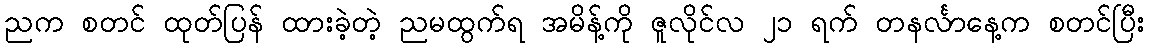
ညက စတင် ထုတ်ပြန် ထားခဲ့တဲ့ ညမထွက်ရ အမိန့်ကို ဇူလိုင်လ ၂၁ ရက် တနင်္လာနေ့က စတင်ပြီး